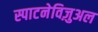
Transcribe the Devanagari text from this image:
स्पाटनेविज़ुअल